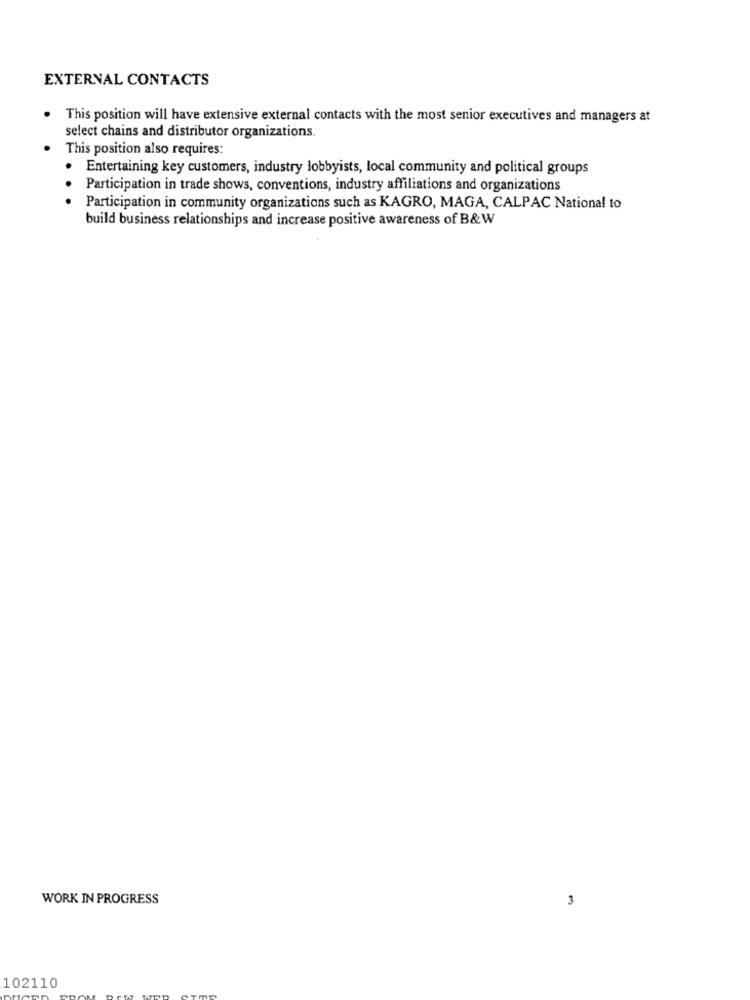
EXTERNAL CONTACTS
This position will have extensive external contacts with the most senior executives and managers at
select chains and distributor organizations.
This position also requires:
Entertaining key customers, industry lobbyists, local community and political groups
. .
Participation in trade shows, conventions, industry affiliations and organizations
Participation in community organizations such as KAGRO, MAGA, CALPAC National to
build business relationships and increase positive awareness of B&W
WORK IN PROGRESS
3
102110